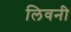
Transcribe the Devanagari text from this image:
लिवनी